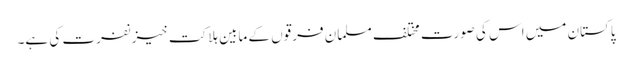
پاکستان میں اس کی صورت مختلف مسلمان فرقوں کے مابین ہلاکت خیز نفرت کی ہے۔